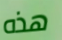
هذه